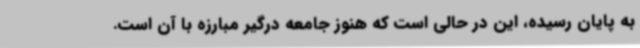
به پایان رسیده، این در حالی است که هنوز جامعه درگیر مبارزه با آن است.